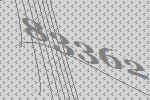
83362